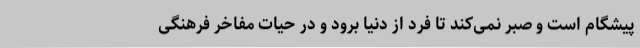
پیشگام است و صبر نمی‌کند تا فرد از دنیا برود و در حیات مفاخر فرهنگی